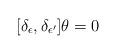
LaTeX: \begin{align*}[\delta_\epsilon, \delta_{\epsilon'}] \theta = 0\end{align*}